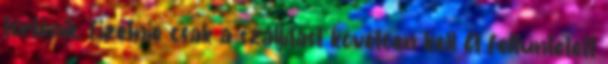
történik, fizetnie csak a szállítást követően kell A feltüntetett